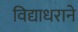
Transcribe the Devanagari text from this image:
विद्याधराने